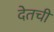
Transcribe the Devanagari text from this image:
देतची